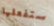
ستفعلها